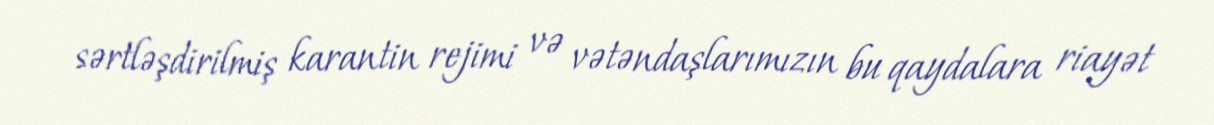
sərtləşdirilmiş karantin rejimi və vətəndaşlarımızın bu qaydalara riayət